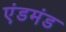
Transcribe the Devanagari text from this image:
एंडमंड